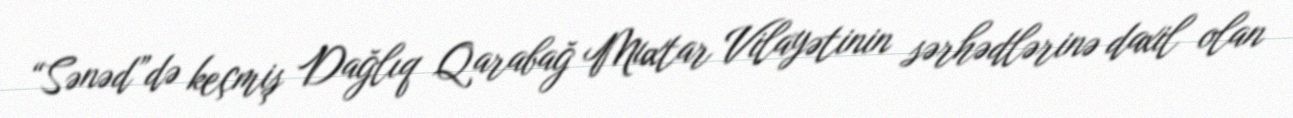
“Sənəd”də keçmiş Dağlıq Qarabağ Muxtar Vilayətinin sərhədlərinə daxil olan